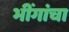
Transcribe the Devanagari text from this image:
भींगांचा